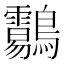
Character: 𪈑